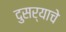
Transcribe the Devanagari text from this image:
दुसर्याचे